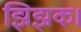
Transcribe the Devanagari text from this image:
झिझक।